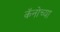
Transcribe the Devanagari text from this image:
कॅनोच्या